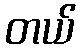
တယ်